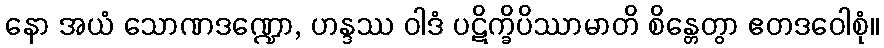
နော အယံ သောဏဒဏ္ဍော, ဟန္ဒဿ ဝါဒံ ပဋိက္ခိပိဿာမာတိ စိန္တေတွာ ဧတဒဝေါစုံ။